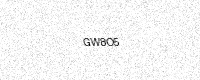
Text: GW8O5